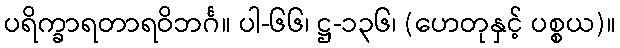
ပရိက္ခာရတာရဝိဘင်္ဂ။ ပါ-၆၆၊ ဋ္ဌ-၁၃၆၊ (ဟေတုနှင့် ပစ္စယ)။